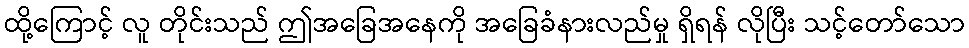
ထို့ကြောင့် လူ တိုင်းသည် ဤအခြေအနေကို အခြေခံနားလည်မှု ရှိရန် လိုပြီး သင့်တော်သော